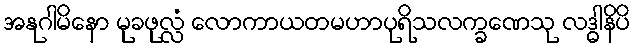
အနုဂါမိနော မုခဖုလ္လံ လောကာယတမဟာပုရိသလက္ခဏေသု လဒ္ဓါနိပိ